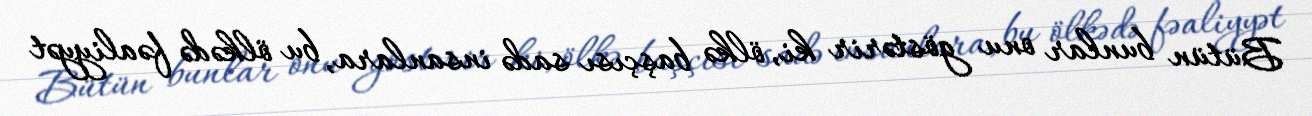
Bütün bunlar onu göstərir ki, ölkə başçısı sadə insanlara, bu ölkədə fəaliyyət